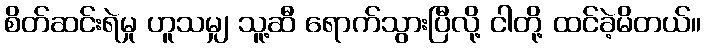
စိတ်ဆင်းရဲမှု ဟူသမျှ သူ့ဆီ ရောက်သွားပြီလို့ ငါတို့ ထင်ခဲ့မိတယ်။